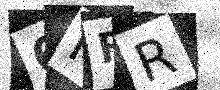
Text: 6IFR